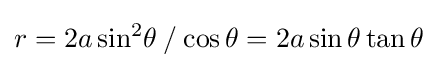
r=2a\sin ^{2}\!\theta \mathbin {/} \cos \theta =2a\sin \theta \tan \theta